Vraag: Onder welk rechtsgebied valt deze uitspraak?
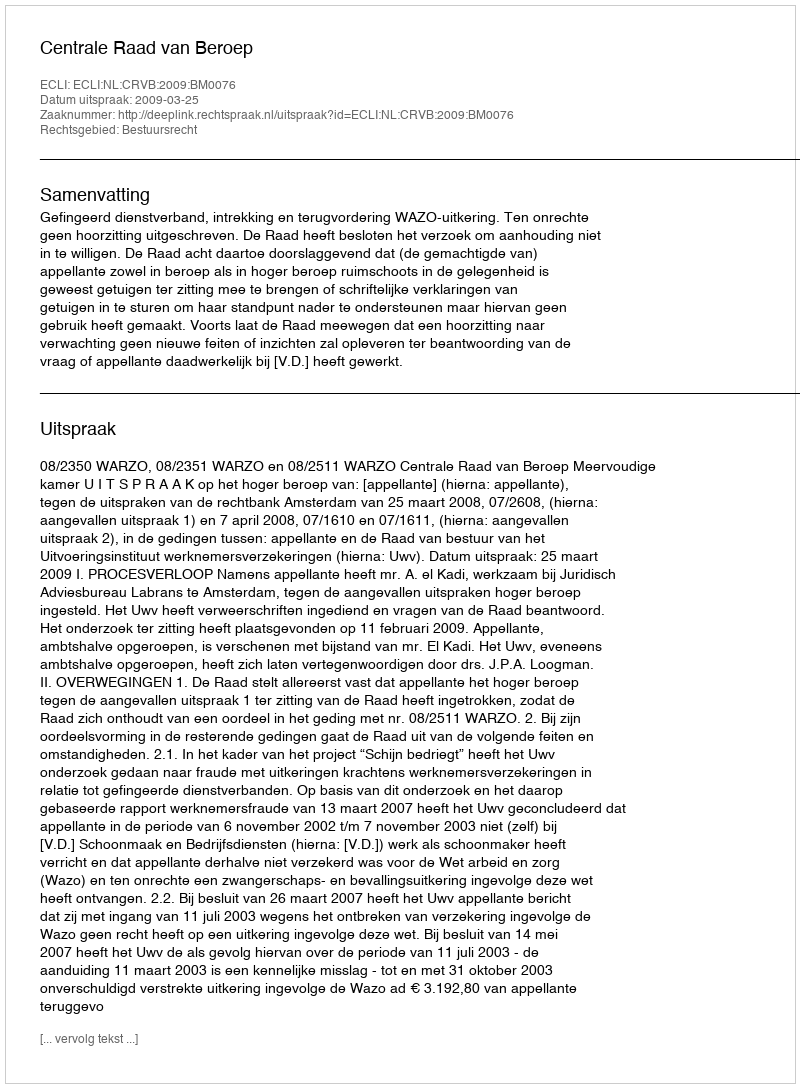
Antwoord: Bestuursrecht